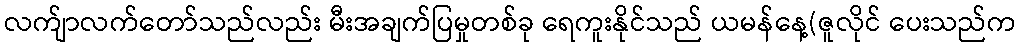
လက်ျာလက်တော်သည်လည်း မီးအချက်ပြမှုတစ်ခု ရေကူးနိုင်သည် ယမန်နေ့(ဇူလိုင် ပေးသည်က